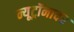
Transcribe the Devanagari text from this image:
न्यूट्रॉनावर